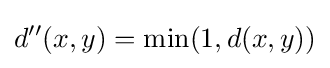
d''(x,y)=\min(1,d(x,y))